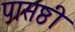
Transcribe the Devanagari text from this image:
पासष्ठी